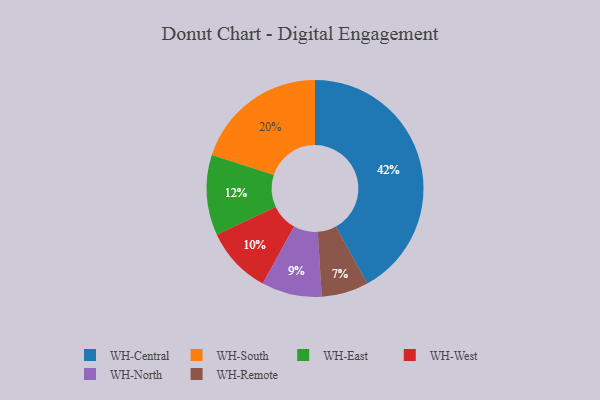
{"axis": {"x": "Category", "y": "Percentage"}, "legend": ["WH-Central", "WH-East", "WH-North", "WH-Remote", "WH-South", "WH-West"], "data": [{"x": "WH-North", "y": 9, "type": "WH-North"}, {"x": "WH-East", "y": 12, "type": "WH-East"}, {"x": "WH-Central", "y": 42, "type": "WH-Central"}, {"x": "WH-West", "y": 10, "type": "WH-West"}, {"x": "WH-Remote", "y": 7, "type": "WH-Remote"}, {"x": "WH-South", "y": 20, "type": "WH-South"}]}